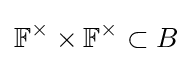
\mathbb {F} ^{\times }\times \mathbb {F} ^{\times }\subset B